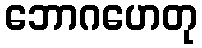
ဘောဂဟေတု